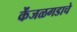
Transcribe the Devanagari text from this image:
केंजळगडाचे